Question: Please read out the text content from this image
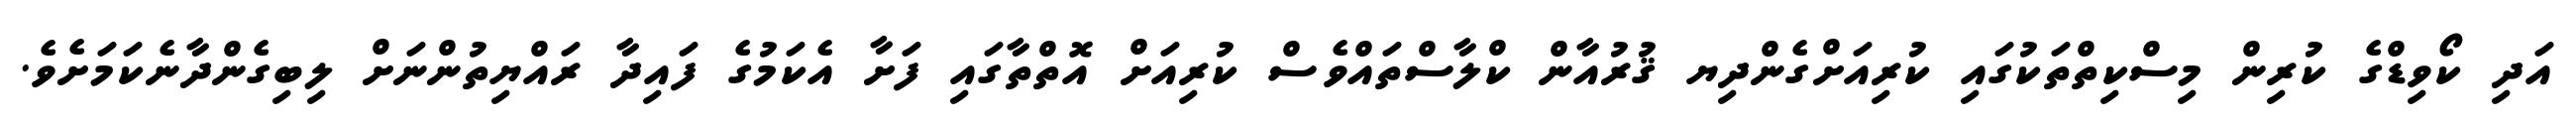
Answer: އަދި ކޯވިޑްގެ ކުރިން މިސްކިތްތަކުގައި ކުރިއަށްގެންދިޔ ޤުރުއާން ކްލާސްތައްވެސް ކުރިއަށް އޮތްތާގައި ފަށާ އެކަމުގެ ފައިދާ ރައްޔިތުންނަށް ލިބިގެންދާނެކަމަށެވެ.